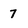
Character: 7